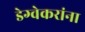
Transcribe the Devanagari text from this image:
डेग्वेकरांना